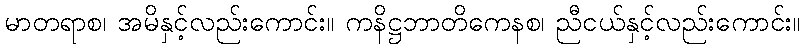
မာတရာစ၊ အမိနှင့်လည်းကောင်း။ ကနိဋ္ဌဘာတိကေနစ၊ ညီငယ်နှင့်လည်းကောင်း။